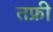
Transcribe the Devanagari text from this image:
तफ्री